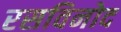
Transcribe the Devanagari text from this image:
रसविनोद